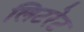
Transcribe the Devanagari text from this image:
लिटरेट